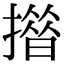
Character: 𢵄